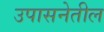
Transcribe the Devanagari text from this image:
उपासनेतील